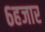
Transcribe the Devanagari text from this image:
६हजार